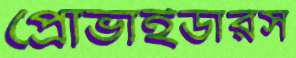
প্রোভাইডারস